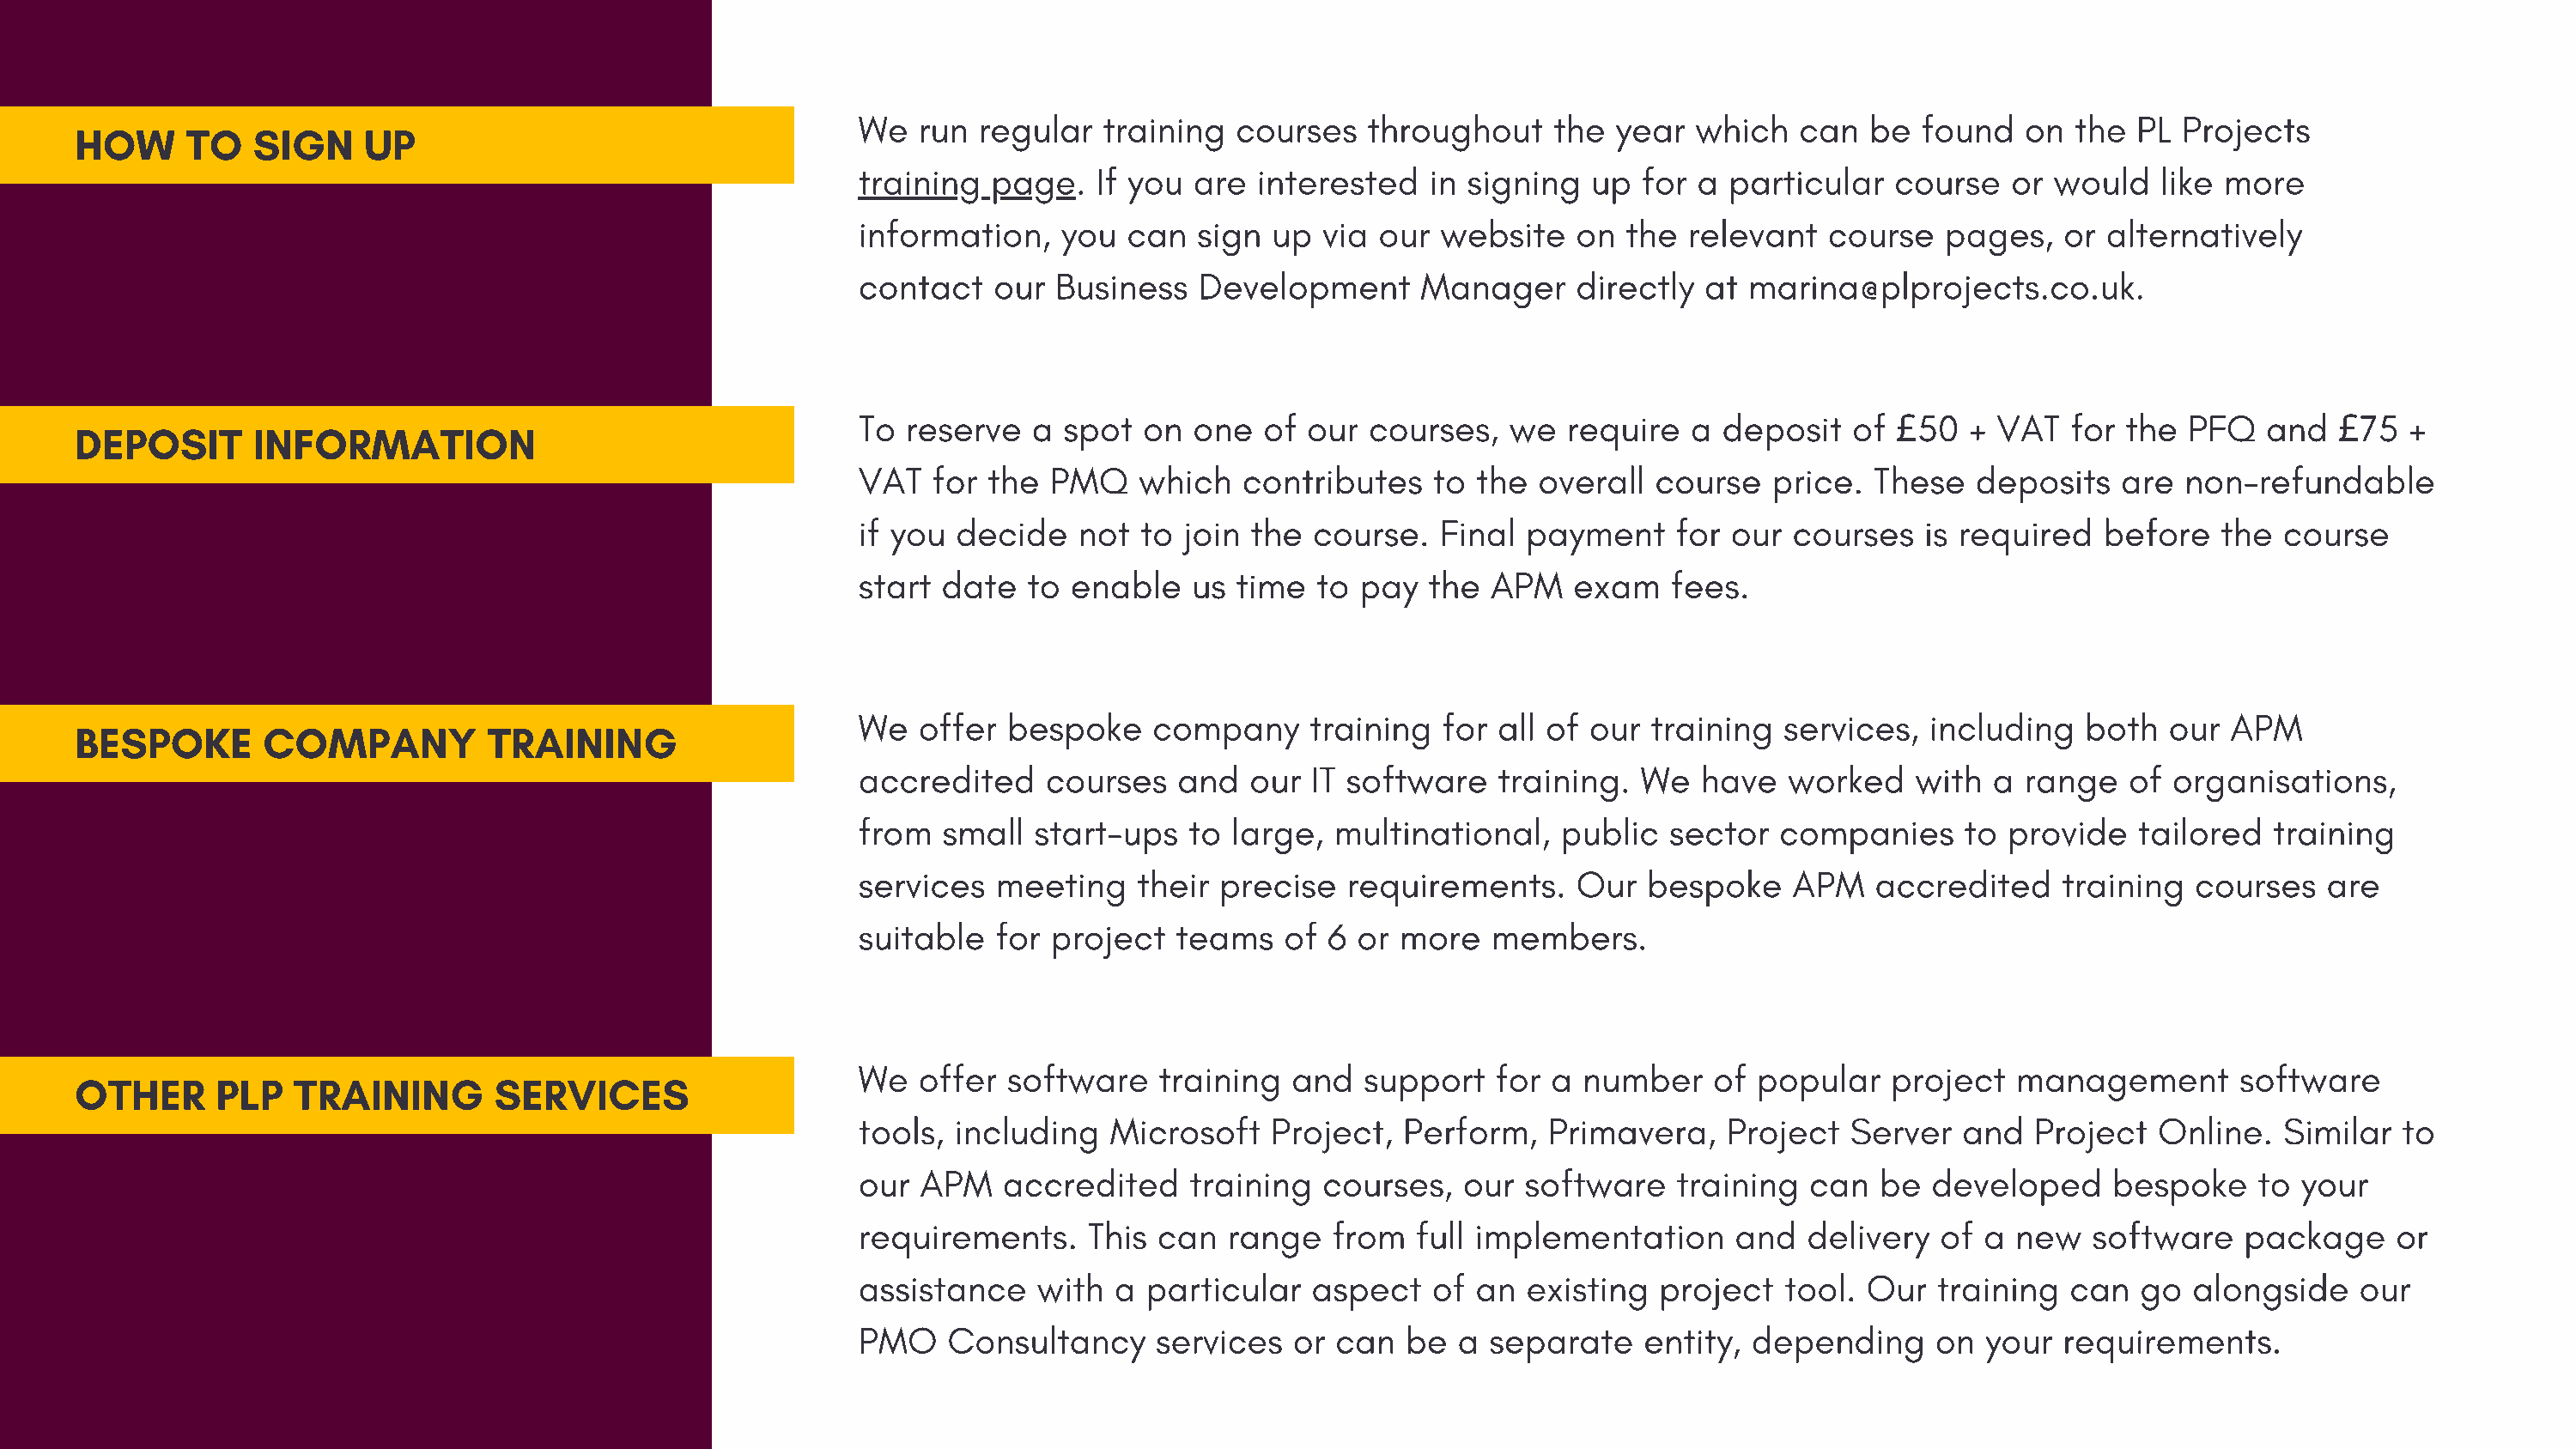
We   run regular   training  courses   throughout     the  year  which   can  be  found   on  the  PL Projects
 HOW     TO    SIGN    UP
 training  page.    If you are  interested   in signing   up  for a particular   course   or would    like more
 information,    you  can  sign  up  via our  website    on the  relevant   course   pages,   or alternatively
 contact    our Business   Development       Manager     directly at  marina@plprojects.co.uk.
 To  reserve   a spot  on  one  of  our  courses,  we   require  a  deposit   of   50  + VAT   for the  PFQ   and    75  +
 DEPOSIT       INFORMATION                                                                                                                   £                                 £
 VAT   for the  PMQ    which   contributes   to  the  overall  course   price. These   deposits    are non-refundable
 if you  decide   not  to join the  course.   Final  payment    for our  courses   is required   before   the  course
 start  date  to  enable   us time  to  pay  the  APM   exam    fees.
 We   offer  bespoke    company     training  for all of  our training   services,  including   both  our  APM
 BESPOKE       COMPANY           TRAINING
 accredited     courses   and  our  IT software   training.  We   have   worked    with  a range   of organisations,
 from   small  start-ups   to large,  multinational,   public   sector  companies     to  provide   tailored  training
 services   meeting    their precise   requirements.     Our  bespoke    APM    accredited    training  courses   are
 suitable   for project   teams   of 6  or more   members.
 We   offer  software   training   and  support   for  a number    of popular    project  management        software
 OTHER      PLP   TRAINING       SERVICES
 tools,  including   Microsoft   Project,  Perform,   Primavera,    Project   Server  and   Project  Online.   Similar  to
 our  APM   accredited     training  courses,   our  software   training  can   be  developed     bespoke    to your
 requirements.     This can   range   from  full implementation      and  delivery   of a new   software    package     or
 assistance    with  a particular   aspect   of  an  existing  project   tool. Our  training   can  go  alongside    our
 PMO    Consultancy     services   or can  be  a  separate    entity, depending     on  your  requirements.